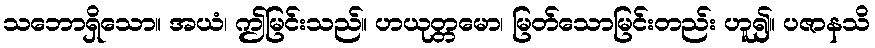
သဘောရှိသော။ အယံ၊ ဤမြင်းသည်။ ဟယုတ္တမော၊ မြတ်သောမြင်းတည်း ဟူ၍။ ပဇာနသိ